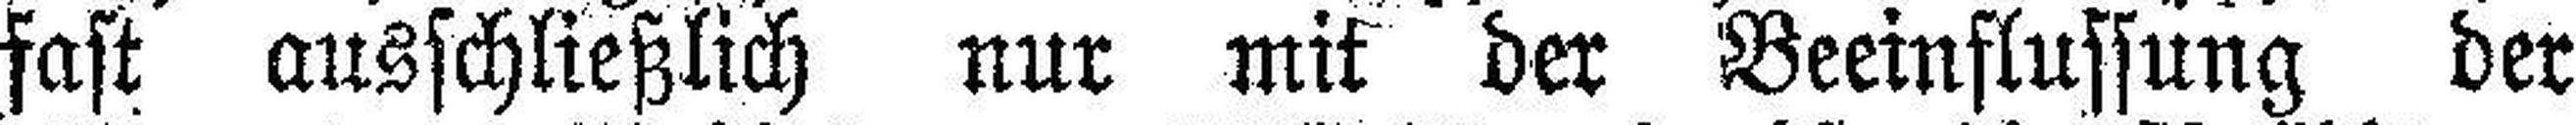
fast ausschließlich nur mit der Beeinflussung der